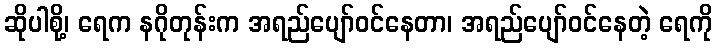
ဆိုပါစို့၊ ရေက နဂိုတုန်းက အရည်ပျော်ဝင်နေတာ၊ အရည်ပျော်ဝင်နေတဲ့ ရေကို